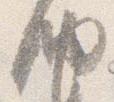
納